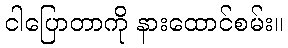
ငါပြောတာကို နားထောင်စမ်း။